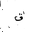
Letter: _qaf